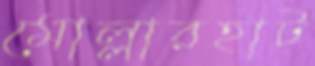
মোল্লারহাট